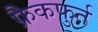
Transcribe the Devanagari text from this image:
फ्रैकफुर्त